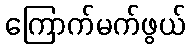
ကြောက်မက်ဖွယ်